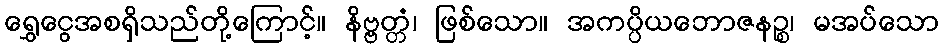
ရွှေငွေအစရှိသည်တို့ကြောင့်။ နိဗ္ဗတ္တံ၊ ဖြစ်သော။ အကပ္ပိယဘောဇနဉ္စ၊ မအပ်သော